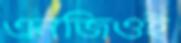
এনজিওই